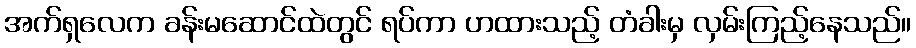
အက်ရှလေက ခန်းမဆောင်ထဲတွင် ရပ်ကာ ဟထားသည့် တံခါးမှ လှမ်းကြည့်နေသည်။